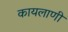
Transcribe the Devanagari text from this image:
कायलाणी